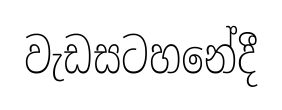
වැඩසටහනේදී